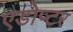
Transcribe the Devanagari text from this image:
एडोप्टर